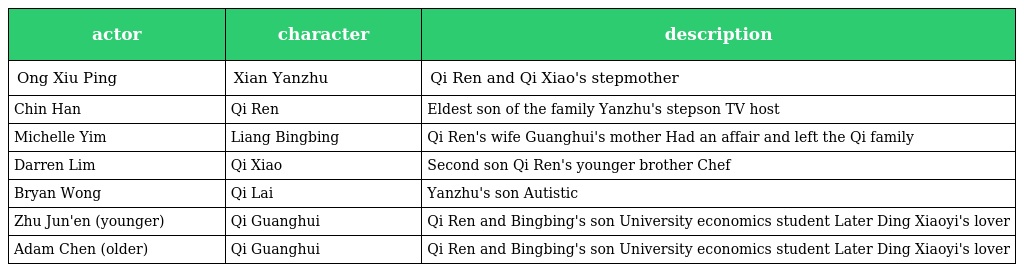
| actor | character | description |
 | --- | --- | --- |
 | Ong Xiu Ping | Xian Yanzhu 冼燕珠 | Qi Ren and Qi Xiao's stepmother |
 | Chin Han | Qi Ren 齐仁 | Eldest son of the family Yanzhu's stepson TV host |
 | Michelle Yim | Liang Bingbing 梁冰冰 | Qi Ren's wife Guanghui's mother Had an affair and left the Qi family |
 | Darren Lim | Qi Xiao 齐孝 | Second son Qi Ren's younger brother Chef |
 | Bryan Wong | Qi Lai 齐莱 | Yanzhu's son Autistic |
 | Zhu Jun'en (younger) | Qi Guanghui 齐光辉 | Qi Ren and Bingbing's son University economics student Later Ding Xiaoyi's lover |
 | Adam Chen (older) | Qi Guanghui 齐光辉 | Qi Ren and Bingbing's son University economics student Later Ding Xiaoyi's lover |